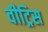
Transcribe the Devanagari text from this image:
वीट्रिस